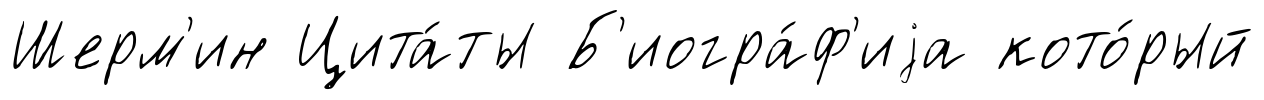
Шерм'ин Цита́ты Б'иогра́ф'иjа кото́рый